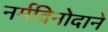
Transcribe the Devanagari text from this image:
नर्मविनोदाने